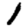
Digit: 1